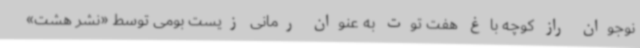
نوجوان راز کوچه باغ هفت توت به عنوان رمانی زیست بومی توسط «نشر هشت»